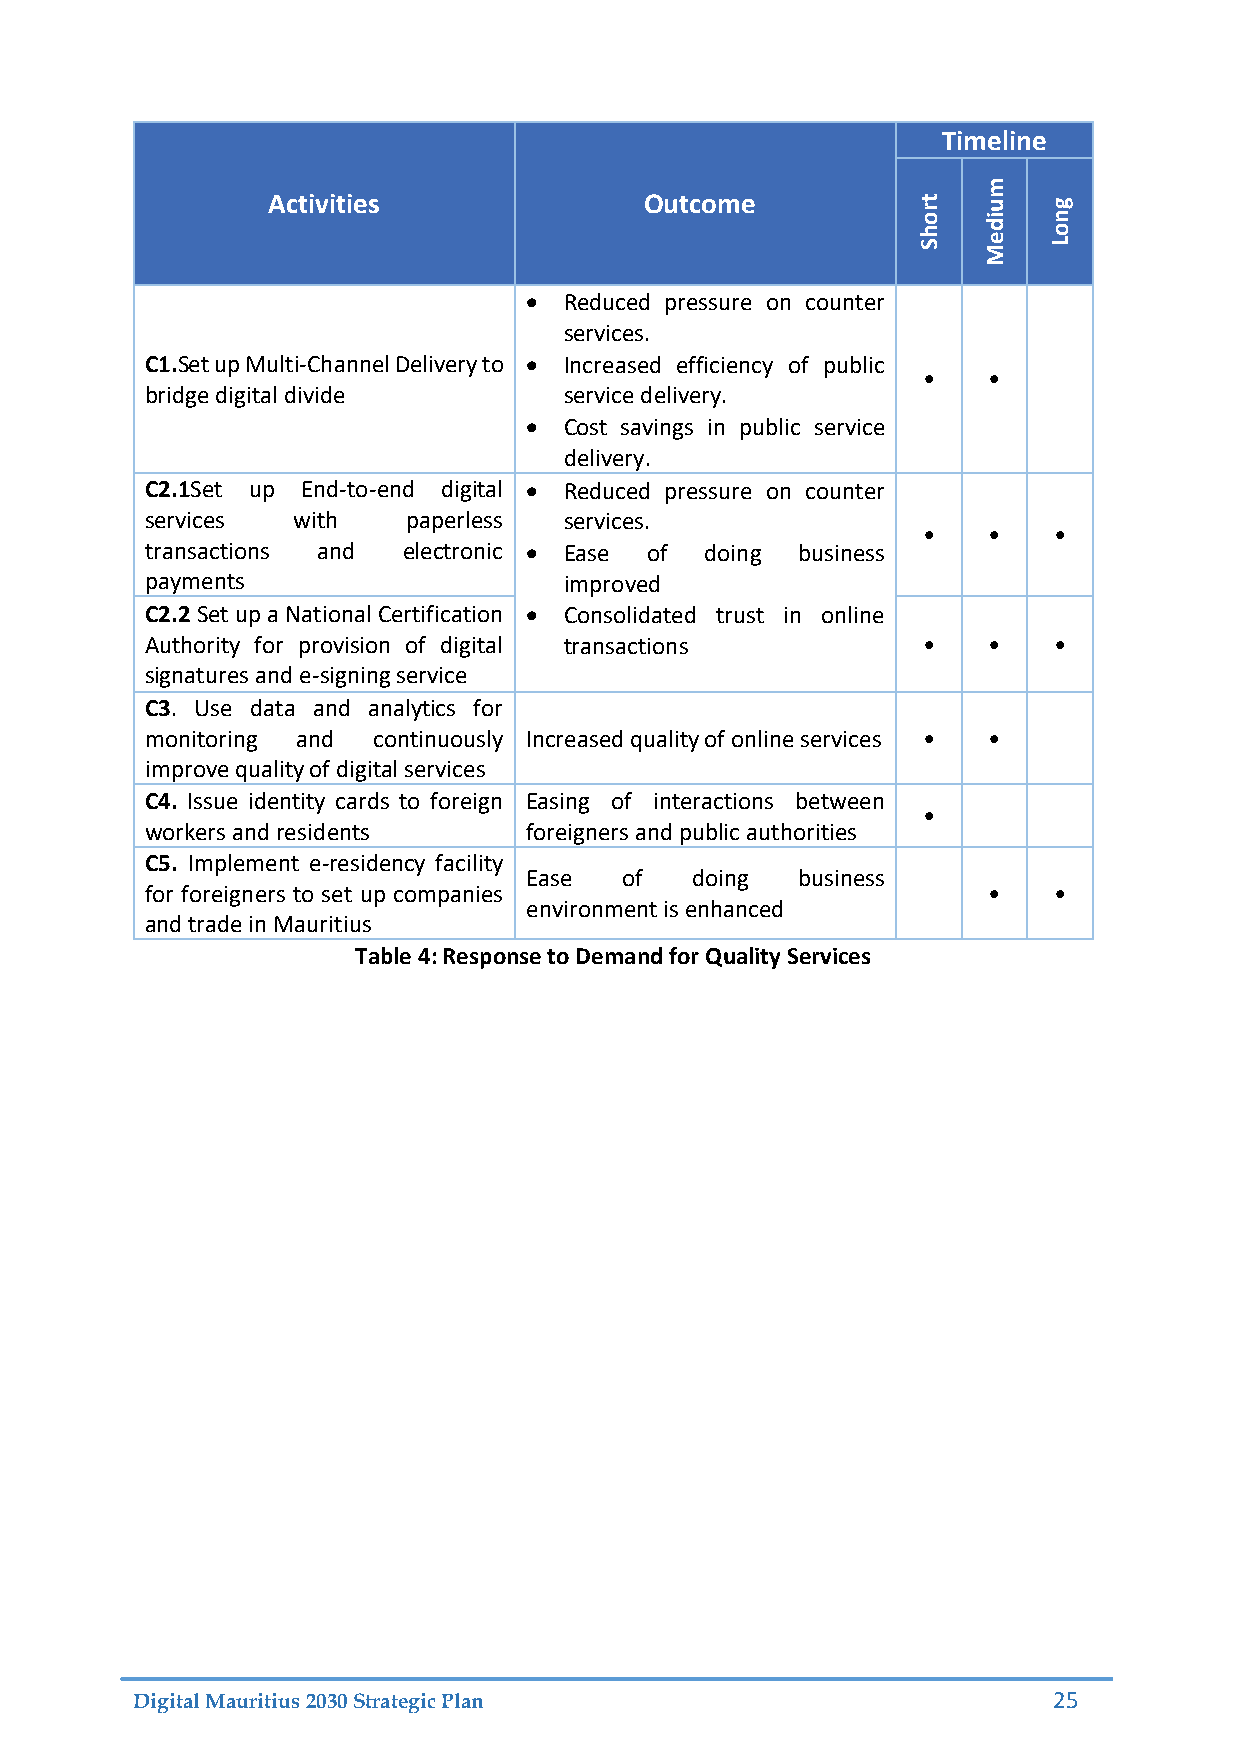
Timeline
 m
 Activities               Outcome           rt  u   g
 ho  di  on
 S   Me  L
  Reduced pressure on counter
 services.
 C1.Set up Multi-Channel Delivery to  Increased efficiency of public
 •   •
 bridge digital divide      service delivery.
  Cost savings in public service
 delivery.
 C2.1Set up End-to-end digital  Reduced pressure on counter
 services with    paperless services.
 •   •    •
 transactions and electronic  Ease of doing business
 payments                   improved
 C2.2 Set up a National Certification  Consolidated trust in online
 Authority for provision of digital transactions    •   •    •
 signatures and e-signing service
 C3. Use data and analytics for
 monitoring and continuously Increased quality of online services • •
 improve quality of digital services
 C4. Issue identity cards to foreign Easing of interactions between
 •
 workers and residents    foreigners and public authorities
 C5. Implement e-residency facility
 Ease  of   doing  business
 for foreigners to set up companies                     •    •
 environment is enhanced
 and trade in Mauritius
 Table 4: Response to Demand for Quality Services
 Digital Mauritius 2030 Strategic Plan                        25